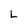
Character: L